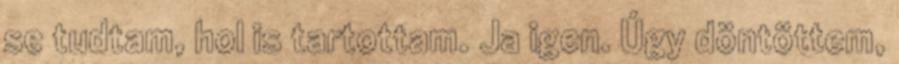
se tudtam, hol is tartottam. Ja igen. Úgy döntöttem,